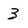
Character: 3